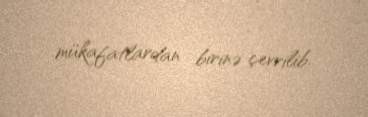
mükafatlardan birinə çevrilib.